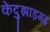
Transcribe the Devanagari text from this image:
केंदुझाड़गढ़